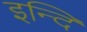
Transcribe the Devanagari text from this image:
इन्दि